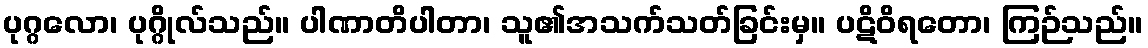
ပုဂ္ဂလော၊ ပုဂ္ဂိုလ်သည်။ ပါဏာတိပါတာ၊ သူ၏အသက်သတ်ခြင်းမှ။ ပဋိဝိရတော၊ ကြဉ်သည်။